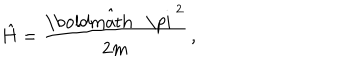
{ \hat { H } } = { \frac { \hat { \mathrm { \boldmath ~ \ p i ~ } } ^ { 2 } } { 2 m } } \, ,